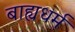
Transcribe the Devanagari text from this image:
बाह्यधर्म